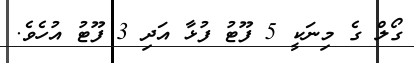
ގޯލް ގެ މިނަކީ 5 ފޫޓު ފުޅާ އަދި 3 ފޫޓު އުހެވެ.